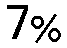
7%